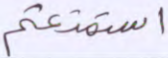
استمتعتم